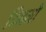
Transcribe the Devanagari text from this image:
दिनमो